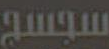
سجسج